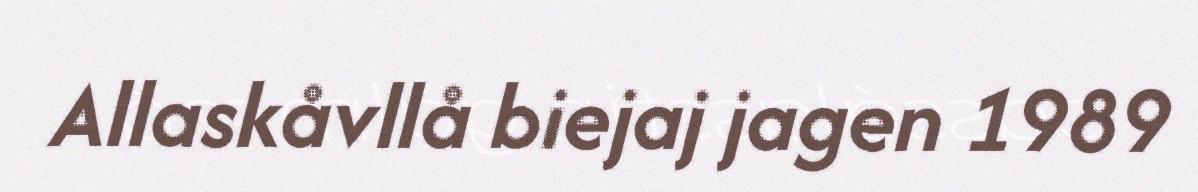
Allaskåvllå biejaj jagen 1989